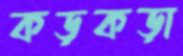
কড়কড়া